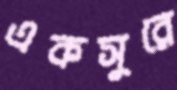
একসুরে